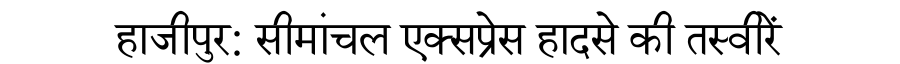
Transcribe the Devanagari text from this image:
हाजीपुर: सीमांचल एक्सप्रेस हादसे की तस्वीरें